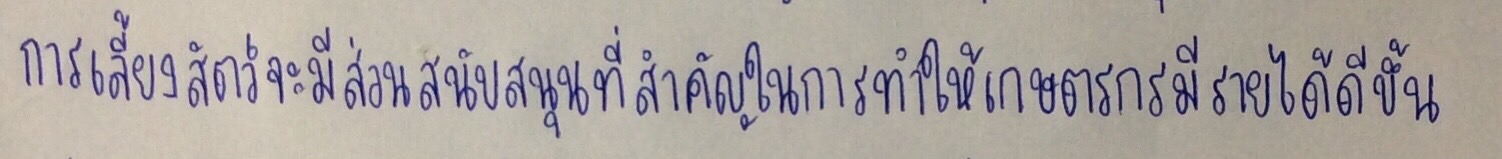
การเลี้ยงสัตว์จะมีส่วนสนับสนุนที่สำคัญในการทำให้เกษตรกรมีรายได้ดีขึ้น